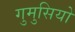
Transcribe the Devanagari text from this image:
गुमुसियो